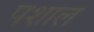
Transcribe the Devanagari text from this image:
पशाल